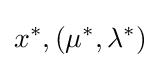
x^{*},(\mu ^{*},\lambda ^{*})